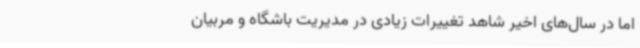
اما در سال‌های اخیر شاهد تغییرات زیادی در مدیریت باشگاه و مربیان